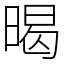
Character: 暍